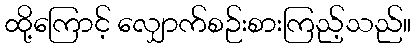
ထို့ကြောင့် လျှောက်စဉ်းစားကြည့်သည်။